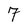
Character: 7